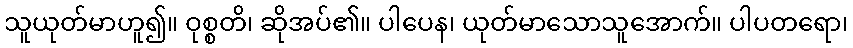
သူယုတ်မာဟူ၍။ ဝုစ္စတိ၊ ဆိုအပ်၏။ ပါပေန၊ ယုတ်မာသောသူအောက်။ ပါပတရော၊